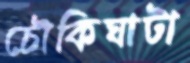
চৌকিঘাটা